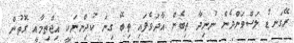
ރޭގަނޑު ލަސްވަންދެން ނުނިދާ ތިބެން އާދަވެފައި ތިބޭ ގިނަ ކުދިންނަކީ އިޖްތިމާއީ ގޮތުން